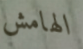
الهامش